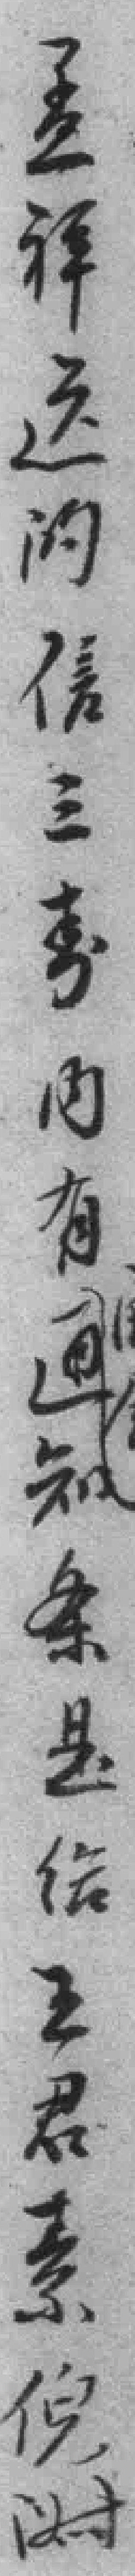
孟祥送的信三*內有通知条是给王君系倪*